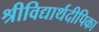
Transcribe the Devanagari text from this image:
श्रीविद्यार्थदीपिका